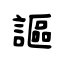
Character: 謳